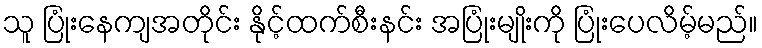
သူ ပြုံးနေကျအတိုင်း နိုင့်ထက်စီးနင်း အပြုံးမျိုးကို ပြုံးပေလိမ့်မည်။